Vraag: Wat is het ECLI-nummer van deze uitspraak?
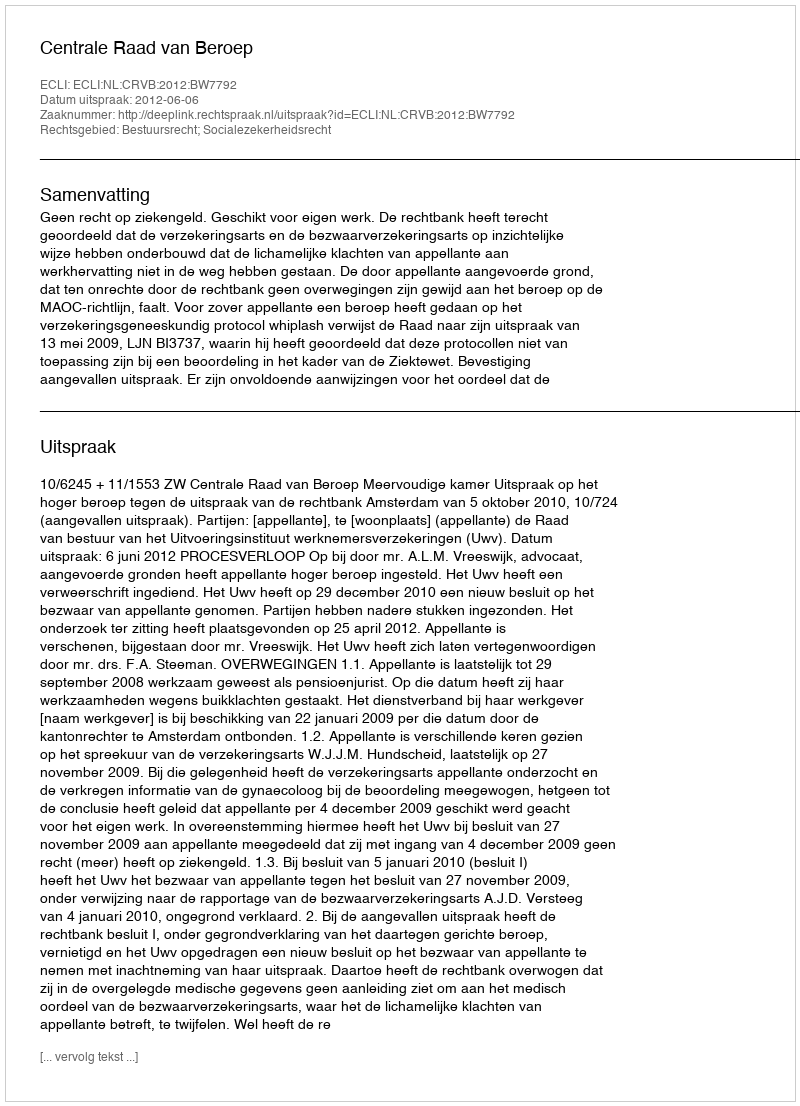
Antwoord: ECLI:NL:CRVB:2012:BW7792